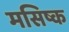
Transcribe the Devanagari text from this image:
मसिष्क